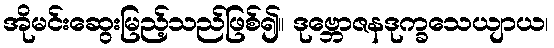
အိုမင်းဆွေးမြည့်သည်ဖြစ်၍။ ဒုဗ္ဘောဇနဒုက္ခသေယျာယ၊